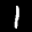
Label: 1